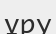
ұру